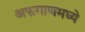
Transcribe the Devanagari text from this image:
अफगाणमध्ये